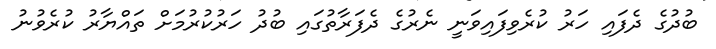
ބުދުގެ ދެފައި ހަރު ކުރެވިފައިވަނީ ނެރުގެ ދެފަރާތުގައި ބުދު ހަރުކުރުމަށް ތައްޔާރު ކުރެވުނު